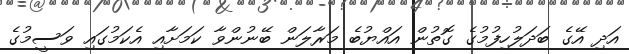
އަދި އޭގެ ބަދަލުހިފުމުގެ ގޮތުން އައްޔުބެ މަރާލަން ބޭނުންވާ ކަމަށާއި އެކަމުގައި ވަސީމުގެ